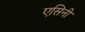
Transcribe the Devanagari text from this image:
एसिनी